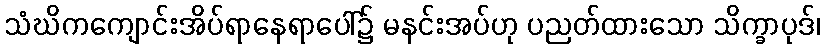
သံဃိကကျောင်းအိပ်ရာနေရာပေါ်၌ မနင်းအပ်ဟု ပညတ်ထားသော သိက္ခာပုဒ်၊